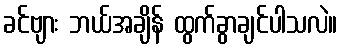
ခင်ဗျား ဘယ်အချိန် ထွက်ခွာချင်ပါသလဲ။